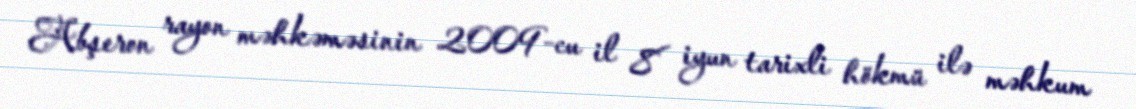
Abşeron rayon məhkəməsinin 2009-cu il 8 iyun tarixli hökmü ilə məhkum